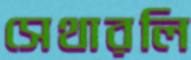
সেথারলি